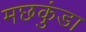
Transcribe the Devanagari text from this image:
मछकुंडा